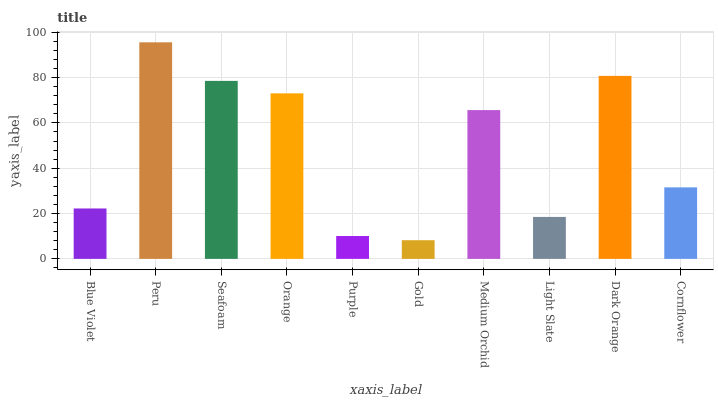
| xaxis_label | bars |
 | --- | --- |
 | Blue Violet | 22.2 |
 | Peru | 95.6 |
 | Seafoam | 78.5 |
 | Orange | 73 |
 | Purple | 10.1 |
 | Gold | 8.24 |
 | Medium Orchid | 65.7 |
 | Light Slate | 18.5 |
 | Dark Orange | 80.7 |
 | Cornflower | 31.6 |